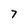
Character: 7